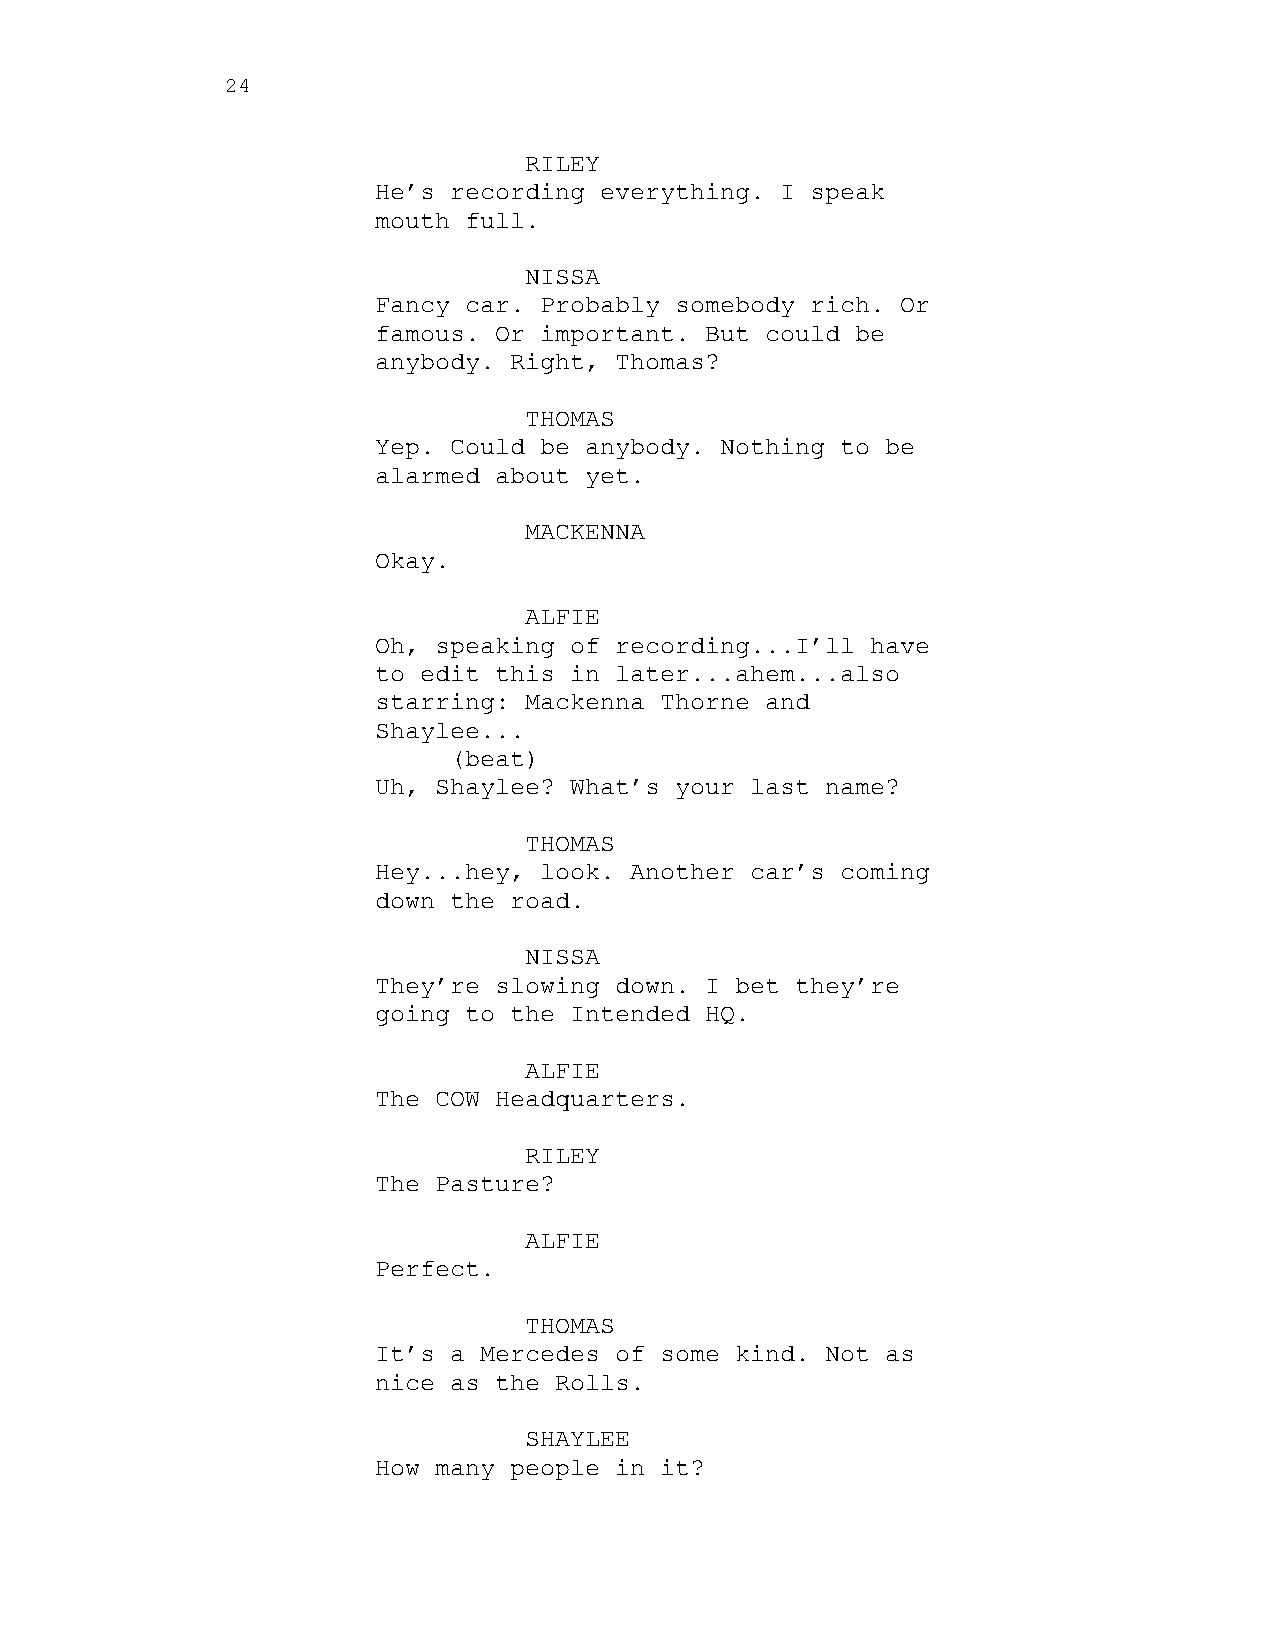
24
 RILEY
 He’s recording everything. I speak
 mouth full.
 NISSA
 Fancy car. Probably somebody rich. Or
 famous. Or important. But could be
 anybody. Right, Thomas?
 THOMAS
 Yep. Could be anybody. Nothing to be
 alarmed about yet.
 MACKENNA
 Okay.
 ALFIE
 Oh, speaking of recording...I’ll have
 to edit this in later...ahem...also
 starring: Mackenna Thorne and
 Shaylee...
 (beat)
 Uh, Shaylee? What’s your last name?
 THOMAS
 Hey...hey, look. Another car’s coming
 down the road.
 NISSA
 They’re slowing down. I bet they’re
 going to the Intended HQ.
 ALFIE
 The COW Headquarters.
 RILEY
 The Pasture?
 ALFIE
 Perfect.
 THOMAS
 It’s a Mercedes of some kind. Not as
 nice as the Rolls.
 SHAYLEE
 How many people in it?